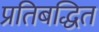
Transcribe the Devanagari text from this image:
प्रतिबद्धित